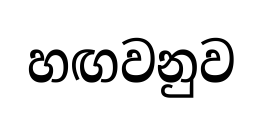
හඟවනුව